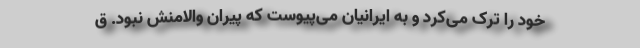
خود را ترک می‌کرد و به ایرانیان می‌پیوست که پیران والامنش نبود. ق